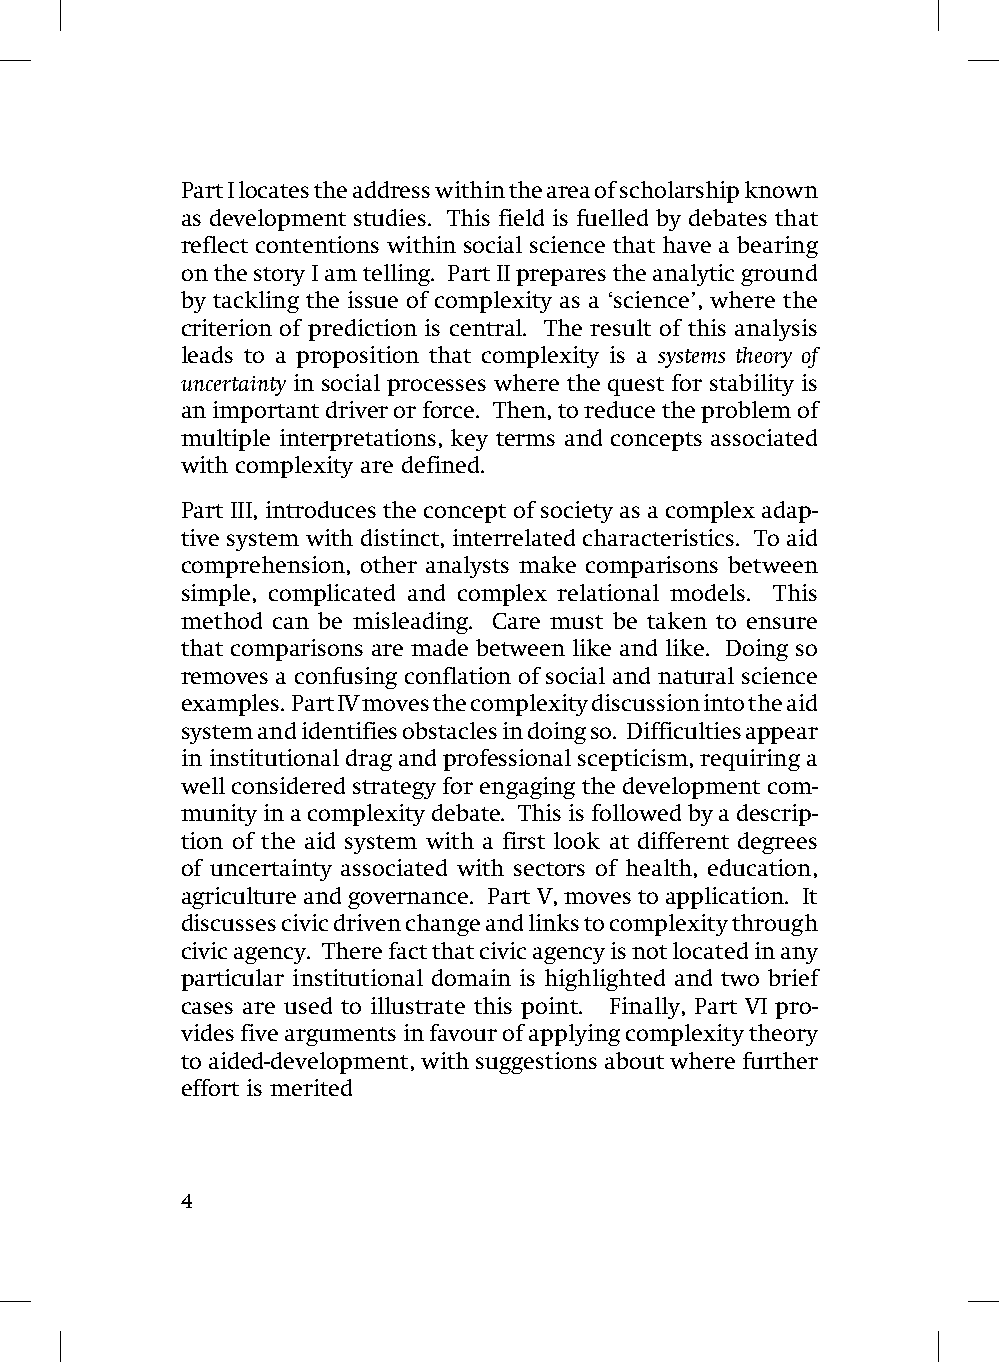
Part I locates the address within the area of scholarship known
 as development studies. This field is fuelled by debates that
 reflect contentions within social science that have a bearing
 on the story I am telling. Part II prepares the analytic ground
 by tackling the issue of complexity as a ‘science’, where the
 criterion of prediction is central. The result of this analysis
 leads to a proposition that complexity is a systems theory of
 uncertainty in social processes where the quest for stability is
 an important driver or force. Then, to reduce the problem of
 multiple interpretations, key terms and concepts associated
 with complexity are defined.
 Part III, introduces the concept of society as a complex adap-
 tive system with distinct, interrelated characteristics. To aid
 comprehension, other analysts make comparisons between
 simple, complicated and complex relational models. This
 method can be misleading. Care must be taken to ensure
 that comparisons are made between like and like. Doing so
 removes a confusing conflation of social and natural science
 examples. Part IV moves the complexity discussion into the aid
 system and identifies obstacles in doing so. Difficulties appear
 in institutional drag and professional scepticism, requiring a
 well considered strategy for engaging the development com-
 munity in a complexity debate. This is followed by a descrip-
 tion of the aid system with a first look at different degrees
 of uncertainty associated with sectors of health, education,
 agriculture and governance. Part V, moves to application. It
 discusses civic driven change and links to complexity through
 civic agency. There fact that civic agency is not located in any
 particular institutional domain is highlighted and two brief
 cases are used to illustrate this point. Finally, Part VI pro-
 vides five arguments in favour of applying complexity theory
 to aided-development, with suggestions about where further
 effort is merited
 4